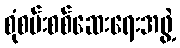
စုံစမ်းစစ်ဆေးရေးအဖွဲ့